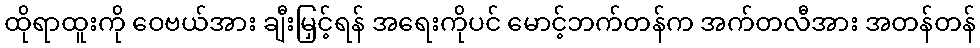
ထိုရာထူးကို ဝေဗယ်အား ချီးမြှင့်ရန် အရေးကိုပင် မောင့်ဘက်တန်က အက်တလီအား အတန်တန်